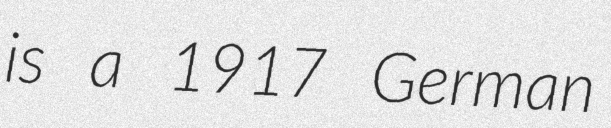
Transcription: is a 1917 German